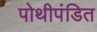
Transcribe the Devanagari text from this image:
पोथीपंडित